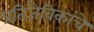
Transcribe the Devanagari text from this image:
प्रतिजैविकांचे